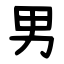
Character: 男